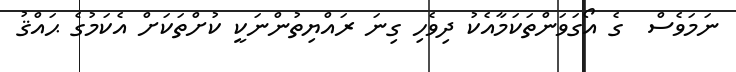
ނަމަވެސް  ގެ އޯގަވަންތަކަމާއެކު ދިވެހި ގިނަ ރައްޔިތުންނަކީ ކުށްތަކަށް އެކަމުގެ ޙައްޤު